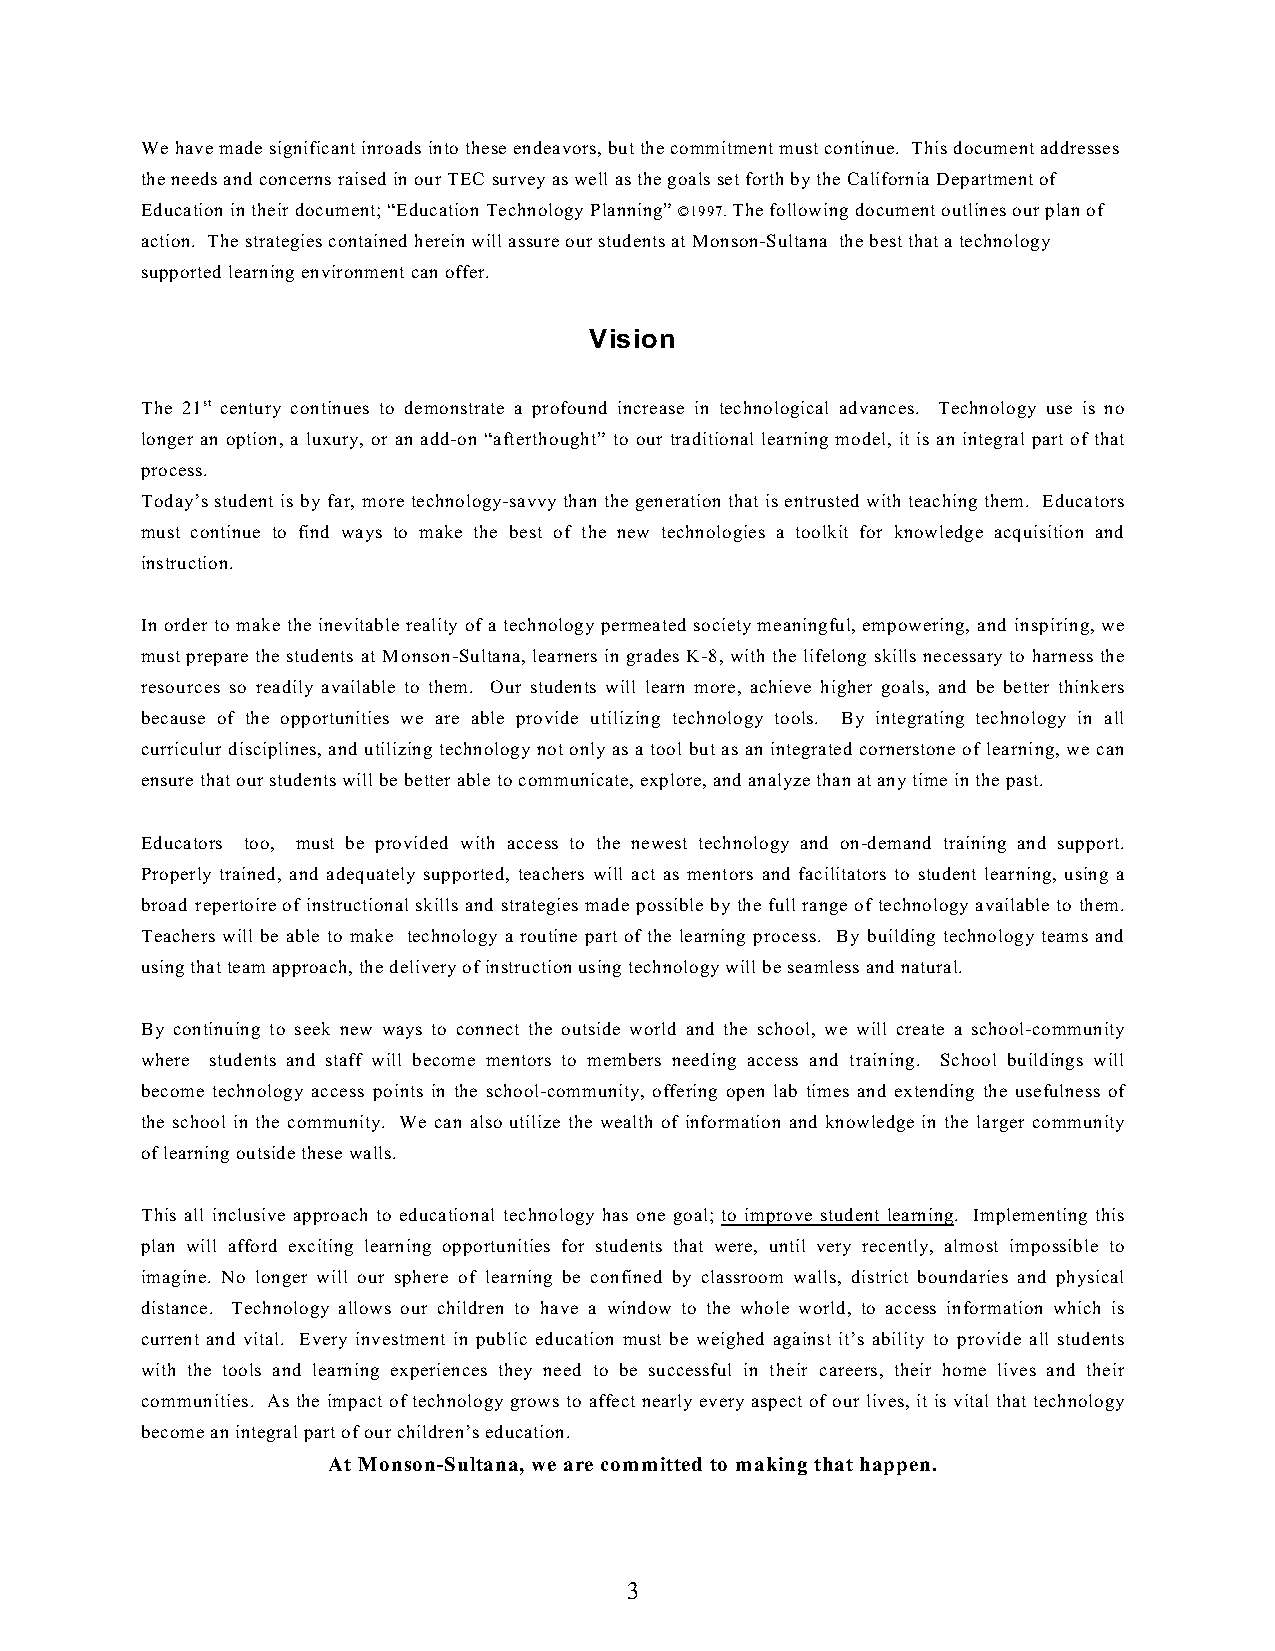
We have made significant inroads into these endeavors, but the commitment must continue. This document addresses
 the needs and concerns raised in our TEC survey as well as the goals set forth by the California Department of
 Education in their document; “Education Technology Planning” ©1997. The following document outlines our plan of
 action. The strategies contained herein will assure our students at Monson-Sultana the best that a technology
 supported learning environment can offer.
 Vision
 The 21st century continues to demonstrate a profound increase in technological advances. Technology use is no
 longer an option, a luxury, or an add-on “afterthought” to our traditional learning model, it is an integral part of that
 process.
 Today’s student is by far, more technology-savvy than the generation that is entrusted with teaching them. Educators
 must continue to find ways to make the best of the new technologies a toolkit for knowledge acquisition and
 instruction.
 In order to make the inevitable reality of a technology permeated society meaningful, empowering, and inspiring, we
 must prepare the students at Monson-Sultana, learners in grades K-8, with the lifelong skills necessary to harness the
 resources so readily available to them. Our students will learn more, achieve higher goals, and be better thinkers
 because of the opportunities we are able provide utilizing technology tools. By integrating technology in all
 curriculur disciplines, and utilizing technology not only as a tool but as an integrated cornerstone of learning, we can
 ensure that our students will be better able to communicate, explore, and analyze than at any time in the past.
 Educators too, must be provided with access to the newest technology and on-demand training and support.
 Properly trained, and adequately supported, teachers will act as mentors and facilitators to student learning, using a
 broad repertoire of instructional skills and strategies made possible by the full range of technology available to them.
 Teachers will be able to make technology a routine part of the learning process. By building technology teams and
 using that team approach, the delivery of instruction using technology will be seamless and natural.
 By continuing to seek new ways to connect the outside world and the school, we will create a school-community
 where students and staff will become mentors to members needing access and training. School buildings will
 become technology access points in the school-community, offering open lab times and extending the usefulness of
 the school in the community. We can also utilize the wealth of information and knowledge in the larger community
 of learning outside these walls.
 This all inclusive approach to educational technology has one goal; to improve student learning. Implementing this
 plan will afford exciting learning opportunities for students that were, until very recently, almost impossible to
 imagine. No longer will our sphere of learning be confined by classroom walls, district boundaries and physical
 distance. Technology allows our children to have a window to the whole world, to access information which is
 current and vital. Every investment in public education must be weighed against it’s ability to provide all students
 with the tools and learning experiences they need to be successful in their careers, their home lives and their
 communities. As the impact of technology grows to affect nearly every aspect of our lives, it is vital that technology
 become an integral part of our children’s education.
 At Monson-Sultana, we are committed to making that happen.
 3